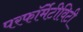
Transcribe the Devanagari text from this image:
परफॉर्मेटीविटी